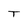
Character: T